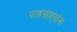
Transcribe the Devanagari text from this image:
पाहणाऱ्यांना